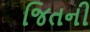
જિતની